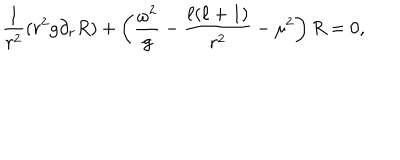
\frac { 1 } { r ^ { 2 } } ( r ^ { 2 } g \partial _ { r } R ) + \left( \frac { \omega ^ { 2 } } { g } - \frac { \ell ( \ell + 1 ) } { r ^ { 2 } } - \mu ^ { 2 } \right) R = 0 ,